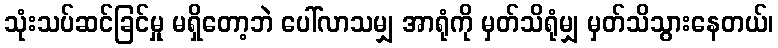
သုံးသပ်ဆင်ခြင်မှု မရှိတော့ဘဲ ပေါ်လာသမျှ အာရုံကို မှတ်သိရုံမျှ မှတ်သိသွားနေတယ်၊